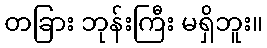
တခြား ဘုန်းကြီး မရှိဘူး။